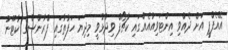
އޭއެފްޕީ އަށް ދެއްވި އިންޓަވިއުއެއްގައި ކާޗޯފް ވިދާޅުވީ މިދިޔަ ހަފުތާގައި ފްރާންސްގެ ކާޓޫނު